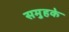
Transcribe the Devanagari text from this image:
समुहके